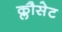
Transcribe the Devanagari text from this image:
क्लौसेट